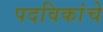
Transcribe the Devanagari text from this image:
पदविकांचे